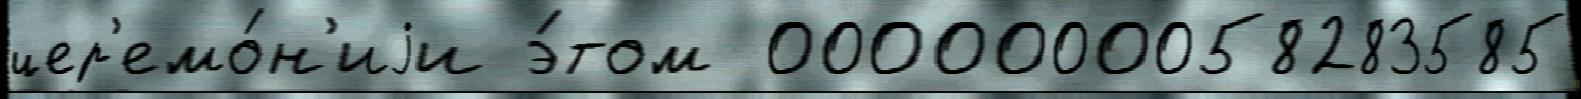
цер'емо́н'иjи э́том  0000000058283585